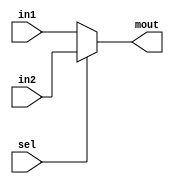
module Mux2_to1_5bits(
	output reg [4:0] mout,
	input [4:0] in1, in2,
	input sel
    );
	 
	 always @(*) begin
	 if (sel == 0) begin
	     mout <= in1;
	 end
	 else begin
	     mout <= in2;
	 end
	 
	 
	 end


endmodule